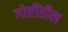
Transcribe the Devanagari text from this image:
गोष्टींतील